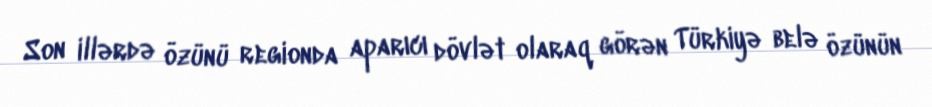
Son illərdə özünü regionda aparıcı dövlət olaraq görən Türkiyə belə özünün